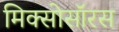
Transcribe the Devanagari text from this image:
मिक्सोसॉरस